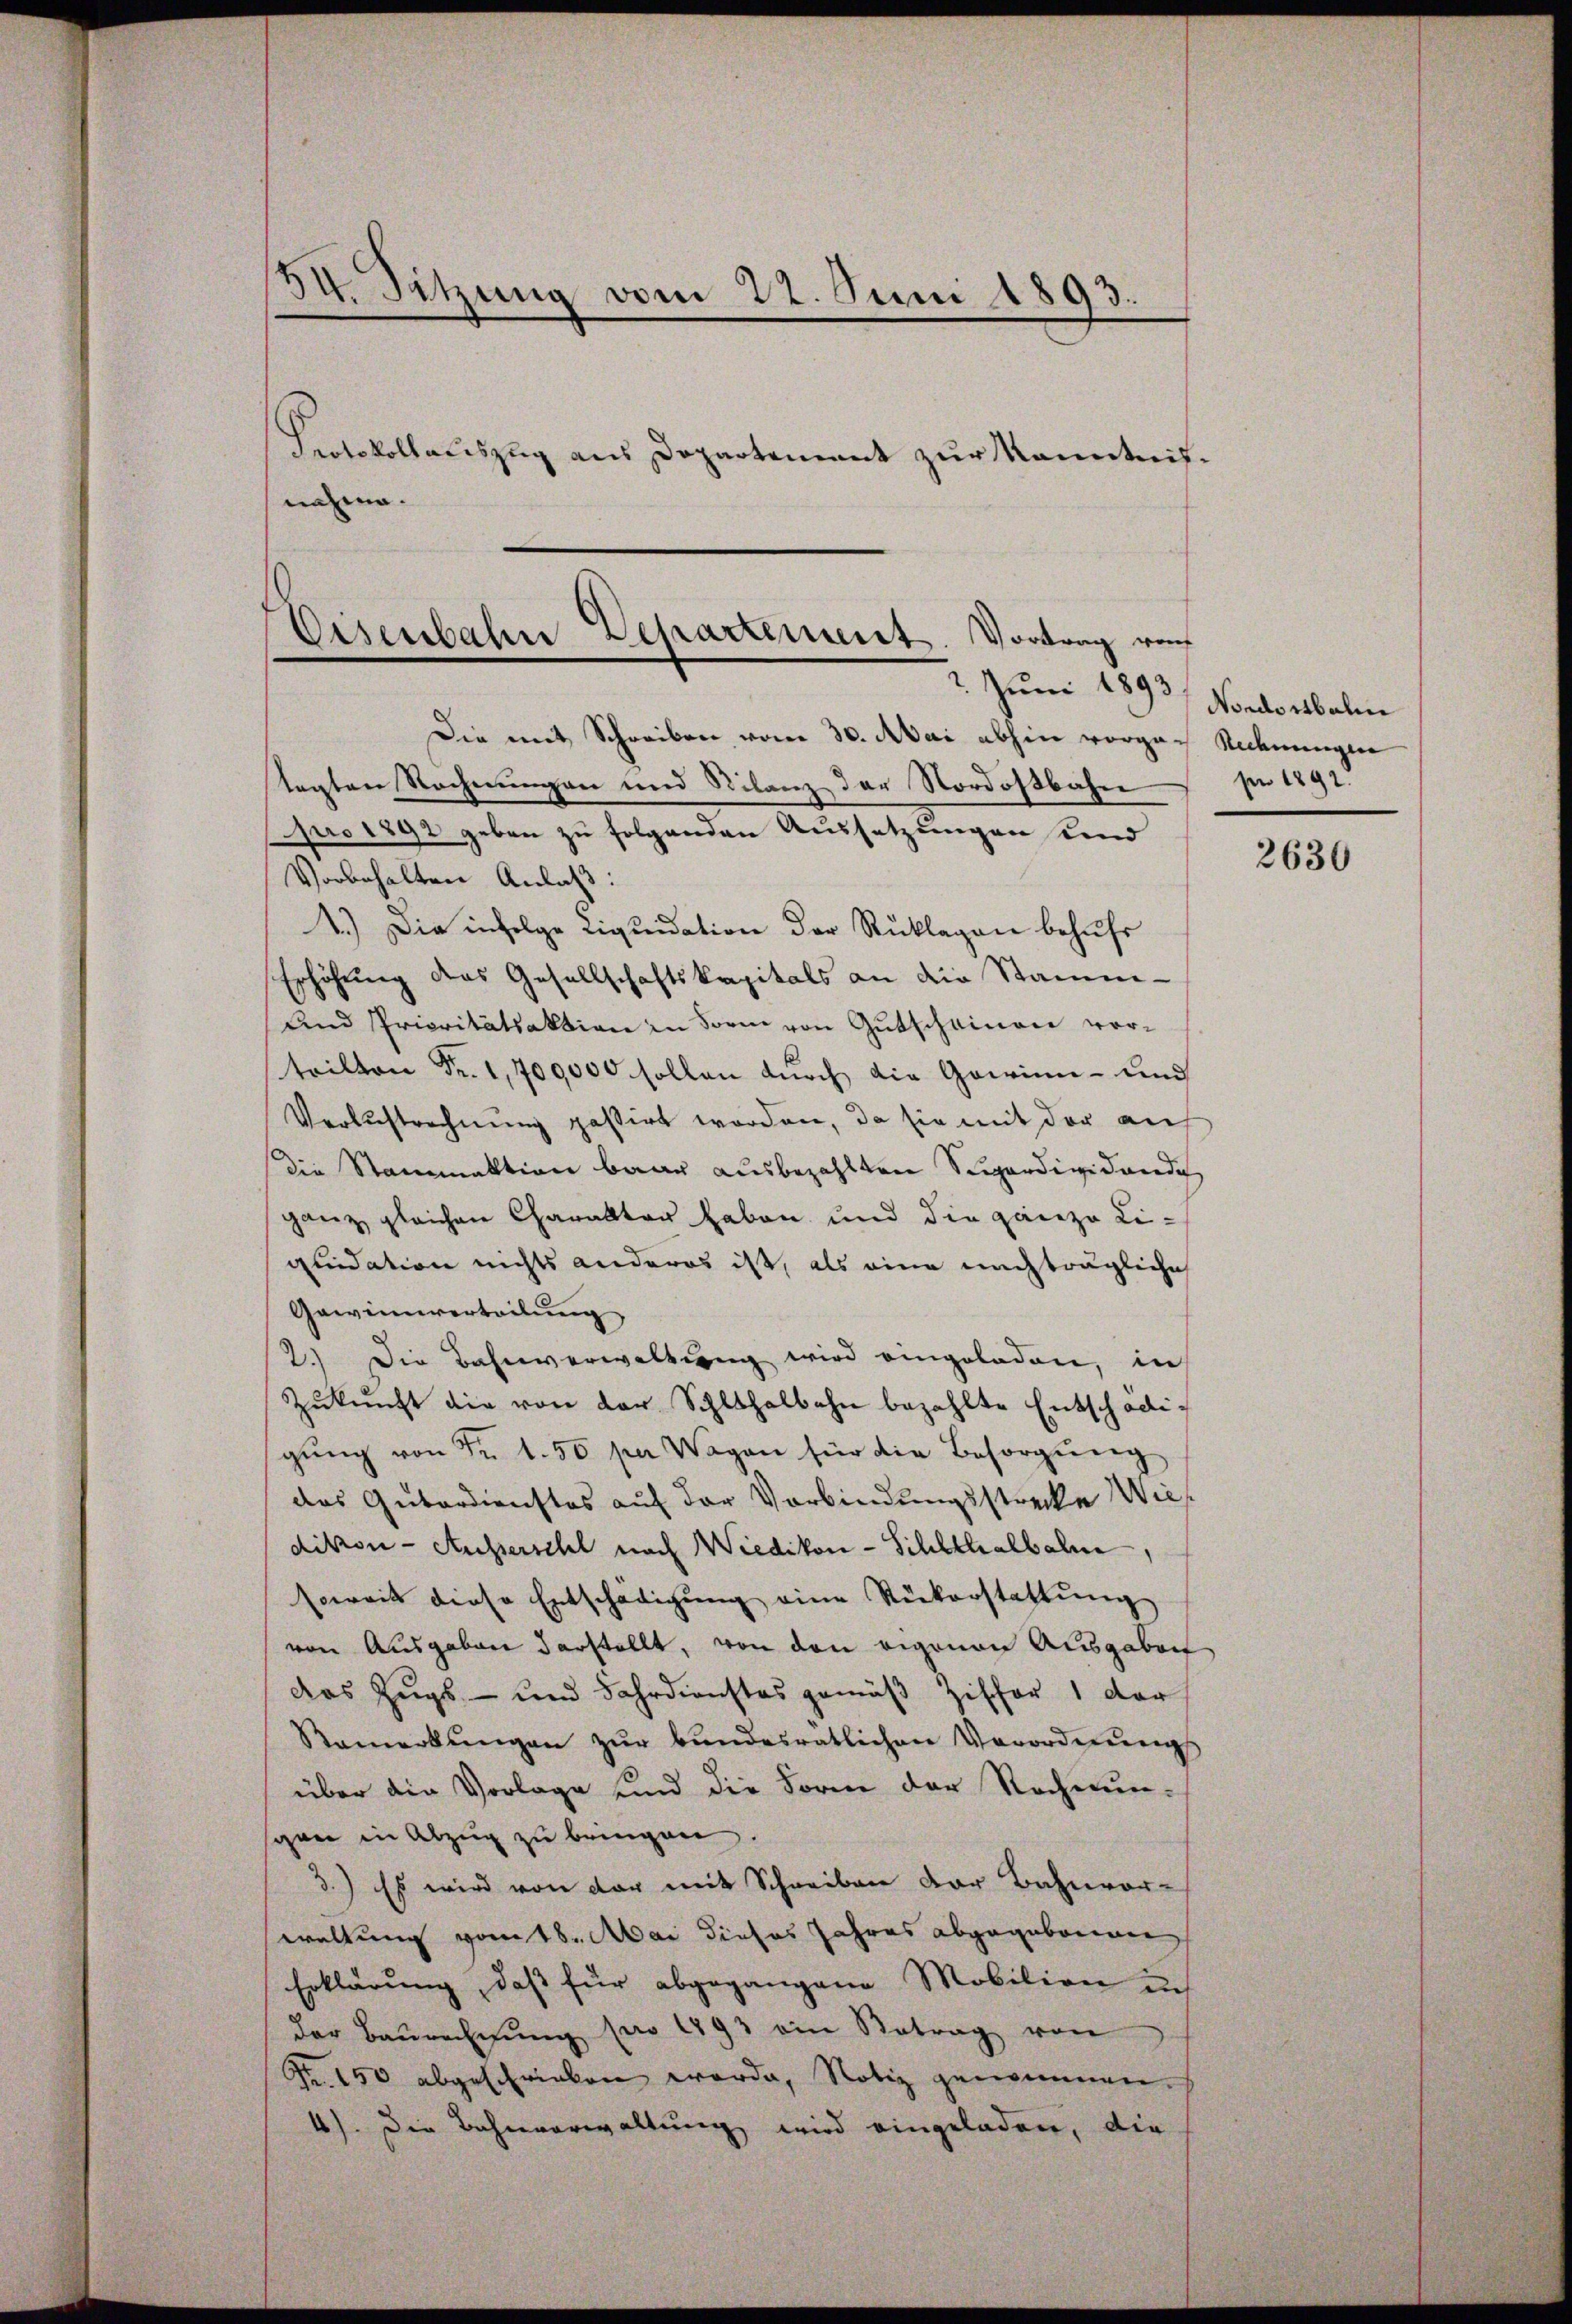
e
34. Sitzung vom 22. Juni 1893.

Protokollauszug aus Departement zur Kenntnißnahme.

Die mit Schreiben vom 30. Mai abhin vorgen Rechnungen
tagten Rechnungen und Rilanz der Nordostbahn
pro 1892 geben zu folgenden Aussetzungen und
Vorbehalten Anlaß:
1.) Die infolge Liquidation der Reklagen behufs
Erhöhung des Gesellschaftskapitals an die Stamm-
Und Prioritätsaktion in Form von Gutscheinen vor-
teilten Fr. 1,709000 sollen dŭrch die Gawinn- und
Verlustrechnung passirt worden, da sie mit der auf
die Stammaktion baar ausbezahlten Superdividandi
ganz gleichen Charakter haben und die ganze Liquidation nichts anderes ist, als eine nachträgliche
Gewinnverteilung,
2.) Die Bahnverwaltung wird eingeladen, in
Zŭkŭnft die von der Schlthalbahn bezahlte Entschädigŭng von Fr. 1.50 per Wagen für die Besorgŭng
das Gutardienstos auf der Verbindungsstrecke Wies
dikon - Ausserschl nach Wiedikon - Schlthalbahn
soweit diese Entschädigung eine Rückerstattung
von Ausgaben darstellt, von den eigenen Ausgaben
das Zugs- und Fahrdienstes gemäß Ziffer 1 der
Remerkŭngen zŭr bŭndesratlichen Verordnŭng
über die Vorlage und die Form der Rechnunschon in Abzug zu bringen.
3.) Es wird von der mit Schreiben der Bahnvor-
waltung vom 18. Mai dieses Jahres abgegeborenen
Erklärung, daß für abgegangene Mobilien in
der Baŭrechnŭng pro 1793 ein Betrag von
Fr. 150 abgeschrieben werde, Notiz genommen.
4). Die Bahnverwaltung wird eingeladen, die

Eisenbahn Departement. Vortrag von
2. Juni 1893/ Nordorbali

pr 1892.

2630